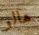
هالو